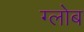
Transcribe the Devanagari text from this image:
ग्‍लोब